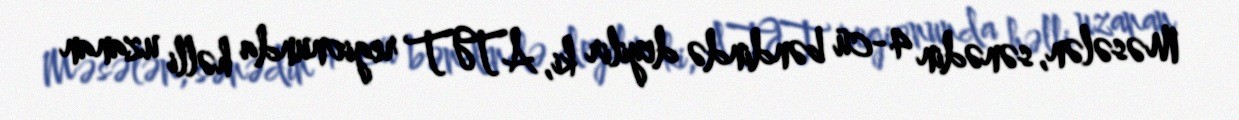
Məsələn, sənədin 4-cü bəndində deyilir ki, ATƏT regionunda həlli uzanan